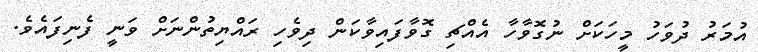
އުމަރު ދުވަހު މީހަކަށް ނުގޮވާހާ އެއްޗި ގޮވާފައިވާކަން ދިވެހި ރައްޔިތުންނަށް ވަނީ ފެނިފައެވެ.